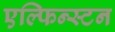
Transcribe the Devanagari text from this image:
एल्फिन्‍स्टन